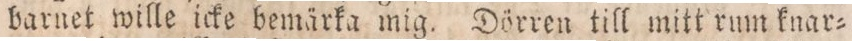
barnet wille icke bemärka mig. Dörren till mitt rum knar=